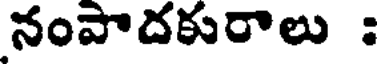
నంపాదకురాలు :